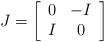
LaTeX: \begin{align*}J = \left[ \begin{array}{cc}0 & -I\\I & 0\end{array} \right]\end{align*}